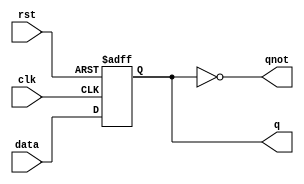
`timescale 1ns / 1ps
//////////////////////////////////////////////////////////////////////////////////
// Company: 
// Engineer: 
// 
// Design Name: 
// Module Name:    dff1 
// Project Name: 
// Target Devices: 
// Tool versions: 
// Description: 
//
// Dependencies: 
//
// Revision: 
// Revision 0.01 - File Created
// Additional Comments: 
//
//////////////////////////////////////////////////////////////////////////////////
module dff #(parameter SZE=1)
	(
    input clk,
    input  rst,
    input  data,
    output reg q,
    output    qnot
    );


assign qnot = ~q;

always @(posedge clk or posedge rst)
begin
	if(rst) 
		q <= {SZE{1'b1}};
	else  
		q <= data;
end
endmodule